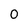
Character: 0